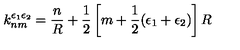
k _ { n m } ^ { \epsilon _ { 1 } \epsilon _ { 2 } } = \frac { n } { R } + \frac { 1 } { 2 } \left[ m + \frac { 1 } { 2 } ( \epsilon _ { 1 } + \epsilon _ { 2 } ) \right] R